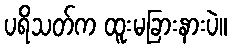
ပရိသတ်က ထူးမခြားနားပဲ။